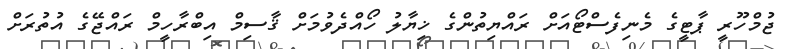
ޖުމްހޫރީ ޕާޓީގެ މެނިފެސްޓޯއަށް ރައްޔިތުންގެ ޚިޔާލު ހޯއްދެވުމަށް ޤާސިމް އިބްރާހީމް ރައްޖޭގެ އުތުރަށް